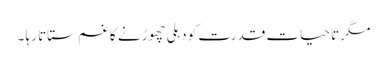
مگر تا حیات قدرت کو دہلی چھوڑنے کا غم ستاتا رہا ۔